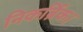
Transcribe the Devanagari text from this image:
निकर्ब्रिक।